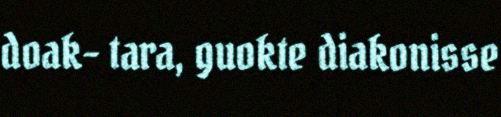
doak- tara, guokte diakonisse